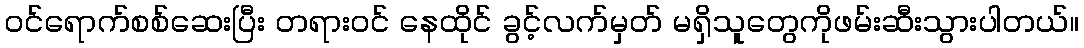
၀င်ရောက်စစ်ဆေးပြီး တရား၀င် နေထိုင် ခွင့်လက်မှတ် မရှိသူတွေကိုဖမ်းဆီးသွားပါတယ်။